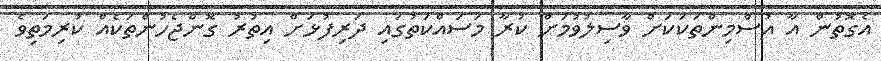
އެގޮތުން އާ އުސްމިންތަކަކަށް ވާސިލުވުމަށް ކުރާ މަސައްކަތުގައި ދަރިފުޅަށް އިތުރު ގޮންޖެހުންތަކެއް ކުރިމަތިވެ